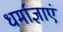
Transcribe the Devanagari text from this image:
धर्माज्ञाएं